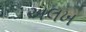
અલખ